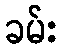
ခမ်း